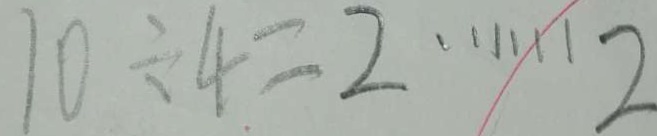
1 0 \div 4 = 2 \cdots 2